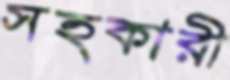
সহকারী